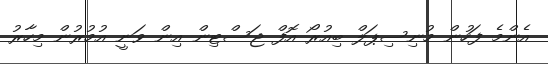
އެންމެ ފަހުން މުނިސިޕަލް ބިއުރޯ އޮފް ޖަސްޓިން އިން ވަނީ އުމުރުން މިހާރު